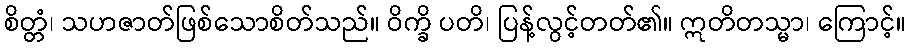
စိတ္တံ၊ သဟဇာတ်ဖြစ်သောစိတ်သည်။ ဝိက္ခိ ပတိ၊ ပြန့်လွင့်တတ်၏။ ဣတိတသ္မာ၊ ကြောင့်။